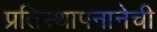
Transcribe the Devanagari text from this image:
प्रतिस्थापनानेची